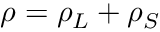
\rho = \rho _ { L } + \rho _ { S }